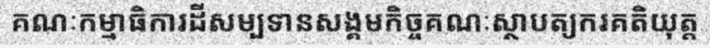
គណៈកម្មាធិការដីសម្បទានសង្គមកិច្ចគណៈស្ថាបត្យករគតិយុត្ត